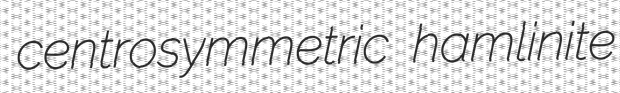
centrosymmetric hamlinite